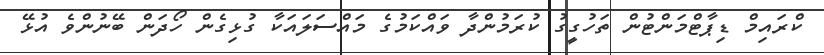
ކްރައިމް ޑިޕާޓްމަންޓުން ތަހުގީގު ކުރަމުންދާ ވައްކަމުގެ މައްސަލައަކާ ގުޅިގެން ހޯދަން ބޭނުންވެ އުޅޭ